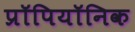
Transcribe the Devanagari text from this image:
प्रॉपियॉनिक